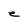
Character: e